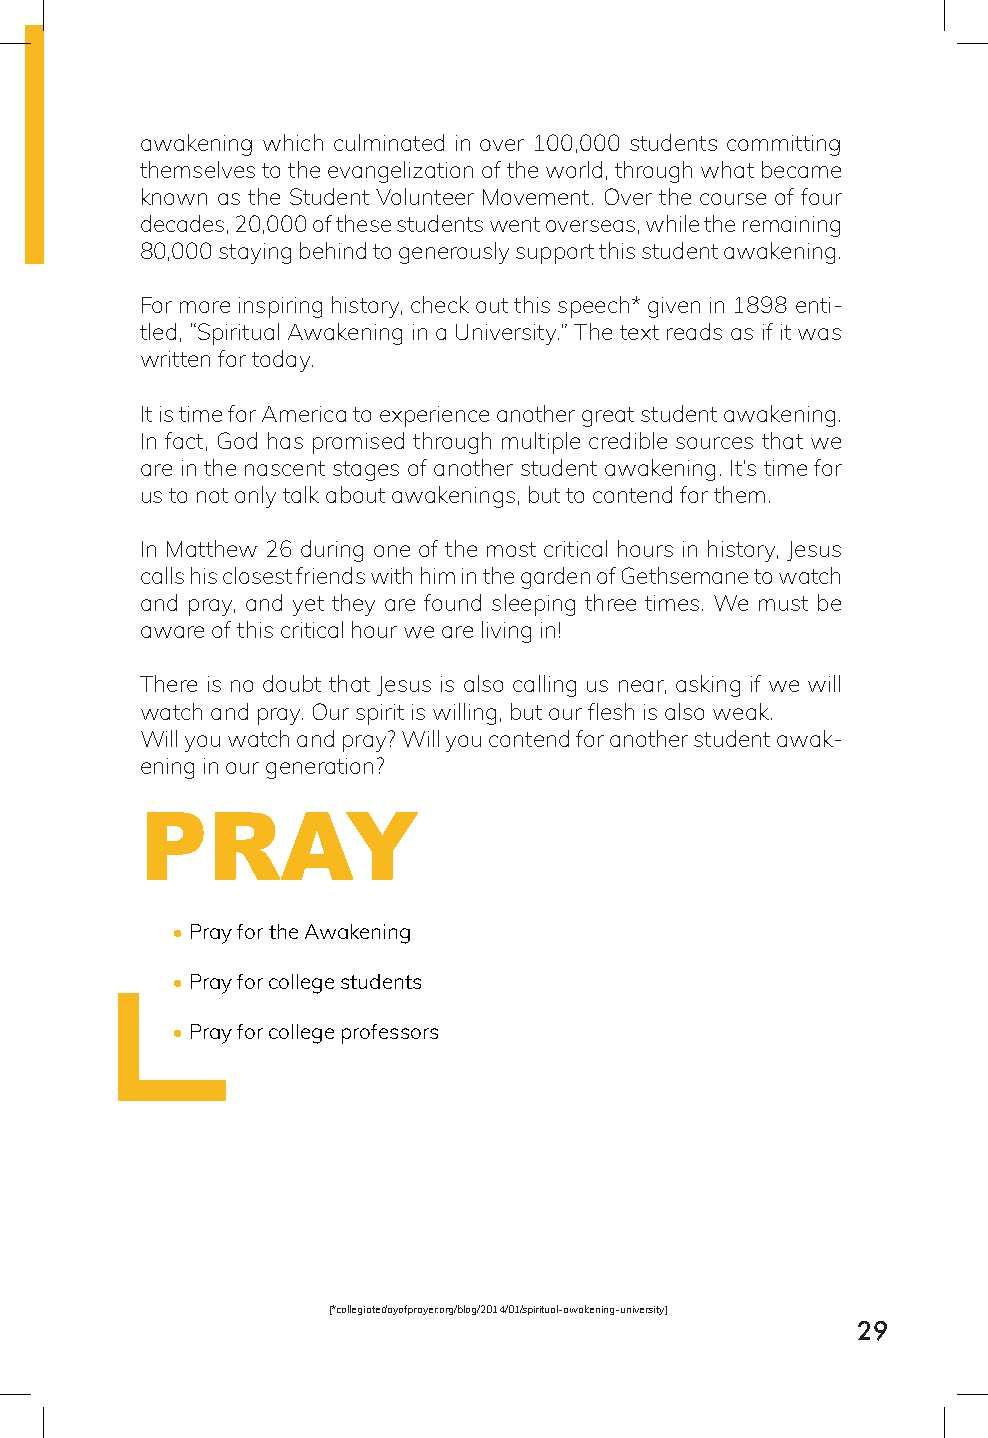
awakening which culminated in over 100,000 students committing
 themselves to the evangelization of the world, through what became
 known as the Student Volunteer Movement. Over the course of four
 decades, 20,000 of these students went overseas, while the remaining
 80,000 staying behind to generously support this student awakening.
 For more inspiring history, check out this speech* given in 1898 enti-
 tled, “Spiritual Awakening in a University.” The text reads as if it was
 written for today.
 It is time for America to experience another great student awakening.
 In fact, God has promised through multiple credible sources that we
 are in the nascent stages of another student awakening. It’s time for
 us to not only talk about awakenings, but to contend for them.
 In Matthew 26 during one of the most critical hours in history, Jesus
 calls his closest friends with him in the garden of Gethsemane to watch
 and pray, and yet they are found sleeping three times. We must be
 aware of this critical hour we are living in!
 There is no doubt that Jesus is also calling us near, asking if we will
 watch and pray. Our spirit is willing, but our flesh is also weak.
 Will you watch and pray? Will you contend for another student awak-
 ening in our generation?
 PRAY
 • Pray for the Awakening
 • Pray for college students
 • Pray for college professors
 [*collegiatedayofprayer.org/blog/2014/01/spiritual-awakening-university]
 29